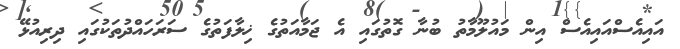
އައިއެސްއައިއެސް އިން މައުލޫމާތު ބުނާ ގޮތުގައި އެ ޖަމާއަތުގެ ޚިލާފަތުގެ ސަރަހައްދުތަކުގައި ދިރިއުޅޭ